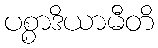
ပစ္စာဒိယာမီတိ